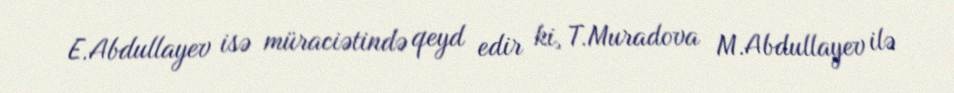
E.Abdullayev isə müraciətində qeyd edir ki, T.Muradova M.Abdullayev ilə